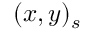
( x , y ) _ { s }